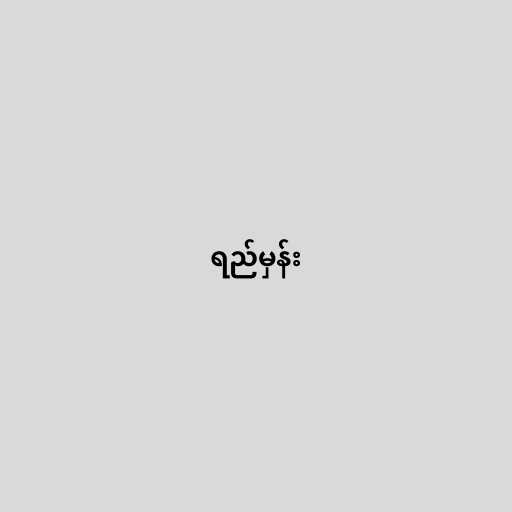
ရည်မှန်း